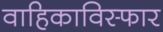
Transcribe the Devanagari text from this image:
वाहिकाविस्फार